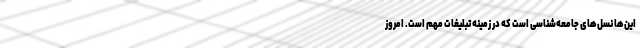
این‌ها نسل‌های جامعه‌شناسی است که در زمینه تبلیغات مهم است. امروز